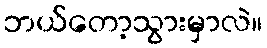
ဘယ်တော့သွားမှာလဲ။